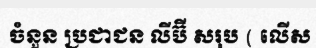
ចំនួន ប្រជាជន លីប៊ី សរុប ( លើស